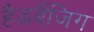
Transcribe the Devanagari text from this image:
हैडबैंजिग